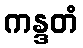
ကန္ဒတံ